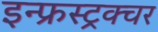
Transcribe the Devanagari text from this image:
इन्फ्रस्ट्रक्चर